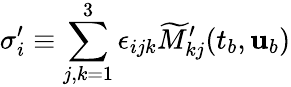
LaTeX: \sigma_{i}^{\prime}\equiv\sum_{j,k=1}^{3}\epsilon_{ijk}\widetilde{M}_{kj}^{\prime}(t_{b},{\mathbf{u}}_{b})